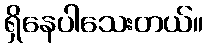
ရှိနေပါသေးတယ်။